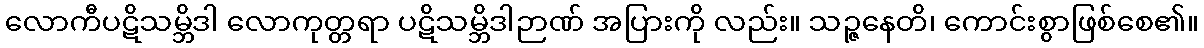
လောကီပဋိသမ္ဘိဒါ လောကုတ္တရာ ပဋိသမ္ဘိဒါဉာဏ် အပြားကို လည်း။ သဉ္ဇနေတိ၊ ကောင်းစွာဖြစ်စေ၏။